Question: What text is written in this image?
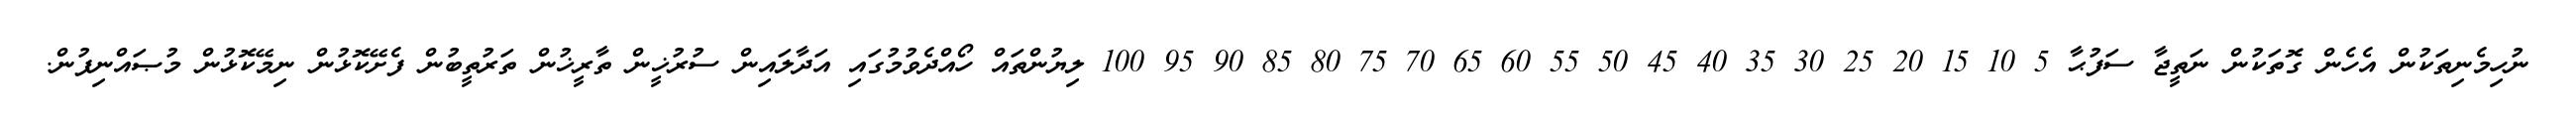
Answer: ނުހިމެނިތަކުން އެހެން ގޮތަކުން ނަތީޖާ ސަފުޙާ 5 10 15 20 25 30 35 40 45 50 55 60 65 70 75 80 85 90 95 100 ލިޔުންތައް ހޯއްދެވުމުގައި އަދާލައިން ސުރުޚީން ތާރީޚުން ތަރުތީބުން ފެށޭކޮޅުން ނިމޭކޮޅުން މުޞައްނިފުން.